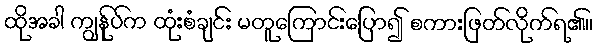
ထိုအခါ ကျွန်ုပ်က ထုံးစံချင်း မတူကြောင်းပြော၍ စကားဖြတ်လိုက်ရ၏။